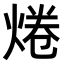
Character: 𤉼